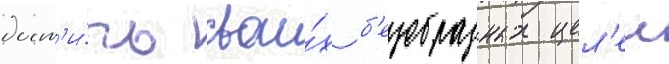
дост'и́чь свои́х б'езобразных цел'еи